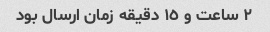
٢ ساعت و ١٥ دقیقه زمان ارسال بود